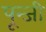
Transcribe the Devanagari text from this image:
पून्जी